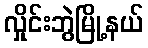
လှိုင်းဘွဲမြို့နယ်